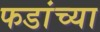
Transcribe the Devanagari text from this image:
फडांच्या